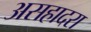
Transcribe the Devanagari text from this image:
असहादरा